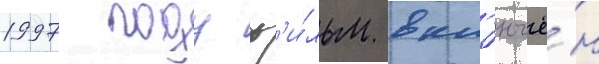
1997 году ф'и́льм вкл'ючё́н